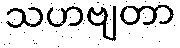
သဟဗျတာ